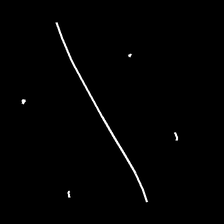
Glyph: cool